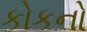
કોકનો